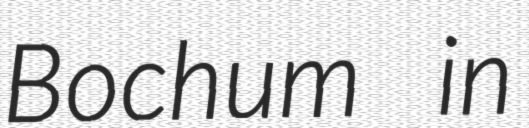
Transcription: Bochum in